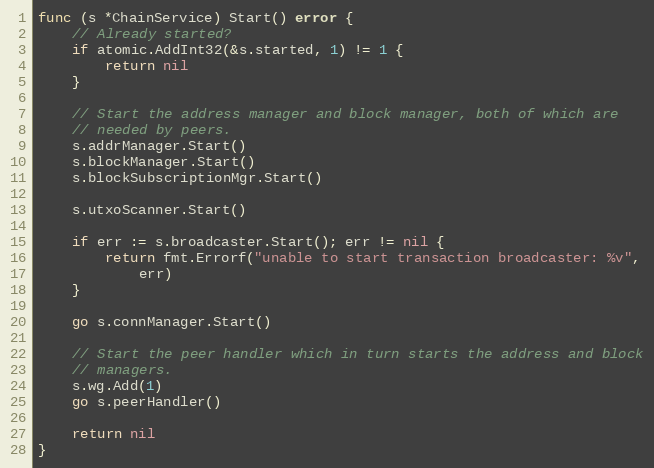
Language: Go
func (s *ChainService) Start() error {
	// Already started?
	if atomic.AddInt32(&s.started, 1) != 1 {
		return nil
	}

	// Start the address manager and block manager, both of which are
	// needed by peers.
	s.addrManager.Start()
	s.blockManager.Start()
	s.blockSubscriptionMgr.Start()

	s.utxoScanner.Start()

	if err := s.broadcaster.Start(); err != nil {
		return fmt.Errorf("unable to start transaction broadcaster: %v",
			err)
	}

	go s.connManager.Start()

	// Start the peer handler which in turn starts the address and block
	// managers.
	s.wg.Add(1)
	go s.peerHandler()

	return nil
}